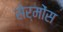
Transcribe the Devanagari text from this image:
सेर्मोंस